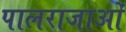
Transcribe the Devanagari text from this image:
पालराजाओं